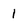
Character: 1